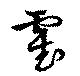
霍